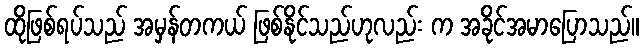
ထိုဖြစ်ရပ်သည် အမှန်တကယ် ဖြစ်နိုင်သည်ဟုလည်း က အခိုင်အမာပြောသည်။